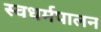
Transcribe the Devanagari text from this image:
स्वधर्मपालन